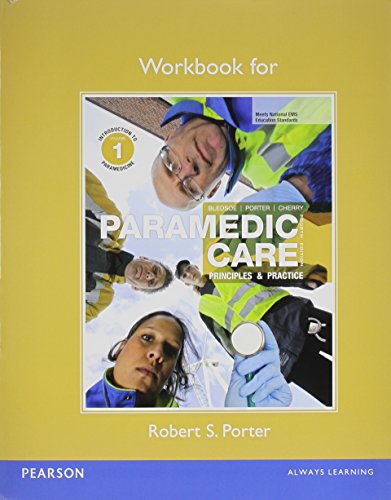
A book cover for Workbook for Paramedic Care: Principles & Practice, Volumes 1-7; Robert S. Porter; Medical Books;